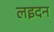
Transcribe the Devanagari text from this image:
लइदन